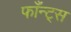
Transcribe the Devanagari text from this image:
फाँन्‍ट्‌स